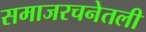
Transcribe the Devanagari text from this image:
समाजरचनेतली